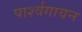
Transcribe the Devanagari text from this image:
पार्श्‍वगायन